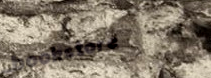
bookstore